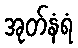
အုတ်နံရံ